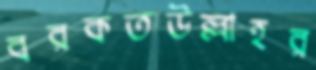
বরকতউল্লাহর